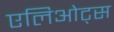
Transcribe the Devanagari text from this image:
एलिओट्स